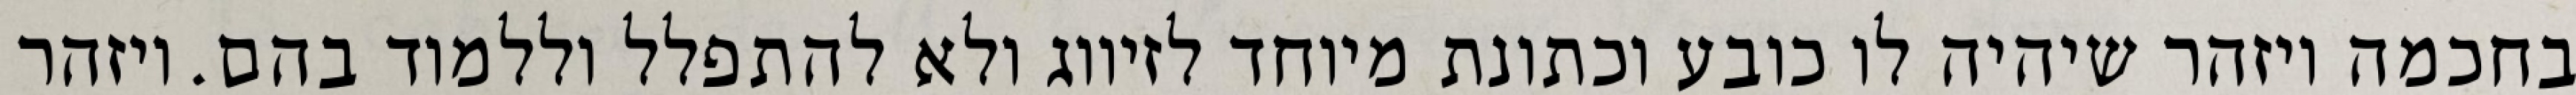
בחכמה ויזהר שיהיה לו כובע וכתונת מיוחד לזיווג ולא להתפלל וללמוד בהם. ויזהר